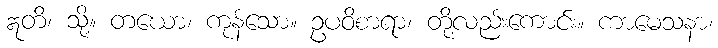
ဣတိ၊ သို့။ တယော၊ ကုန်သော။ ဥပဝိစာရာ၊ တို့လည်းကောင်း။ ကာမေသနာ၊